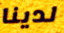
لدينا